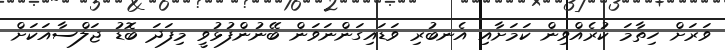
ވަރަށް ހިތާމަ ކުރެއްވިން ކަމަށާއި އެނބުރި ވަޑައިގަންނަވަން ބޭނުންފުޅުވީ މިފަދަ ބޮޑު ޖަލްސާއަކަށް